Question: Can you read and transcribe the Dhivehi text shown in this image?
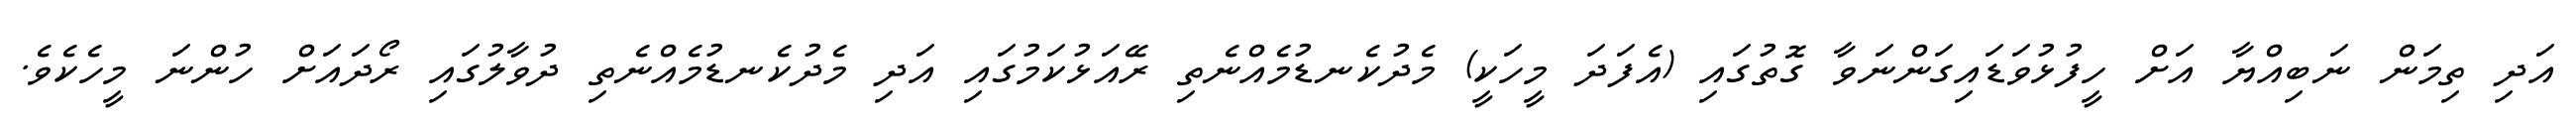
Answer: އަދި ތިމަން ނަބިއްޔާ އަށް ހީފުޅުވަޑައިގަންނަވާ ގޮތުގައި (އެފަދަ މީހަކީ) މެދުކެނޑުމެއްނެތި ރޭއަޅުކަމުގައި އަދި މެދުކެނޑުމެއްނެތި ދުވާލުގައި ރޯދައަށް ހުންނަ މީހެކެވެ.